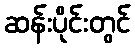
ဆန်းပိုင်းတွင်